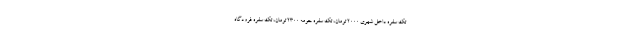
تک سفره داخل شهری ۲۰۰۰ تومان، تک سفره حومه ۲۳۰۰ تومان، تک سفره فرودگاه